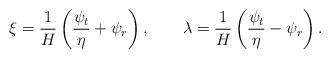
LaTeX: \begin{align*} \xi=\frac{1}{H}\left(\frac{\psi_t}{\eta}+\psi_r\right),\qquad\lambda=\frac{1}{H}\left(\frac{\psi_t}{\eta}-\psi_r\right).\end{align*}